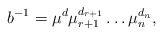
\begin{align*}b^{-1}=\mu^{d} \mu_{r+1}^{d_{r+1}}\dots \mu_n^{d_n},\end{align*}